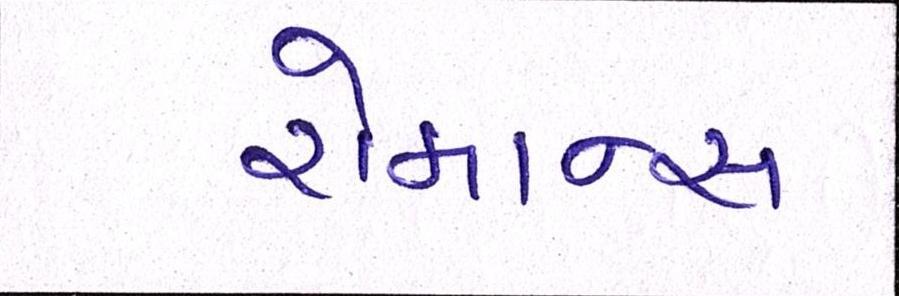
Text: રોમાન્સ